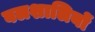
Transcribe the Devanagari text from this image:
बलशालियों